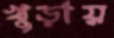
খুড়ায়